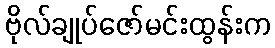
ဗိုလ်ချုပ်ဇော်မင်းထွန်းက